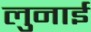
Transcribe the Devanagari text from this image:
लुनाई